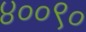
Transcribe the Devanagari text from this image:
४००९०